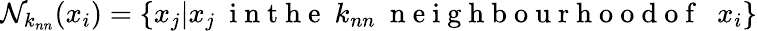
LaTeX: \mathcal N_{k_{nn}}(x_{i})=\{ x_{j}|x_{j}\ \mathrm{~i~n~t~h~e~}\ k_{nn}\ \mathrm{~n~e~i~g~h~b~o~u~r~h~o~o~d~o~f~}\ \ x_{i}\}